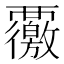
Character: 𮗊